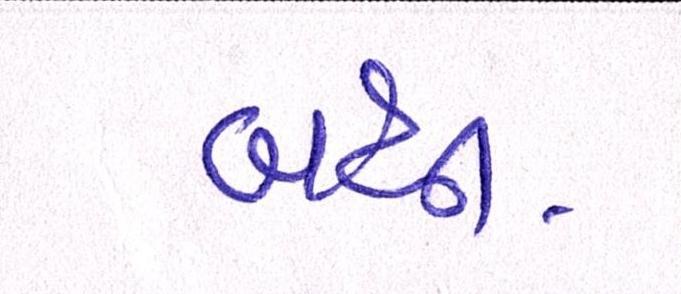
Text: બધી